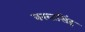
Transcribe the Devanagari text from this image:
बख्तसिंह